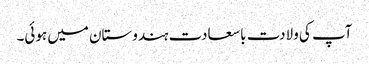
آپ کی ولادت با سعادت ہندوستان میں ہوئی۔